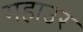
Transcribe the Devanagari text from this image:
महाउर